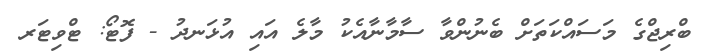
ބްރިޖްގެ މަސައްކަތަށް ބެނުންވާ ސާމާނާއެކު މާލެ އައި އުޅަނދު - ފޮޓޯ: ޓްވިޓަރ